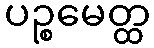
ပဉ္စမေတ္ထ